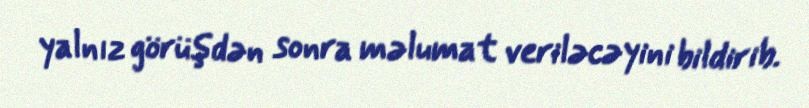
yalnız görüşdən sonra məlumat veriləcəyini bildirib.